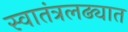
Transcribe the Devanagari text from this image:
स्वातंत्रलढ्यात